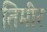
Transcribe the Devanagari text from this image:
तिमीर